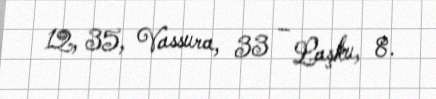
12, 35, Vassura, 33 – Laşku, 8.